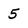
Character: 5